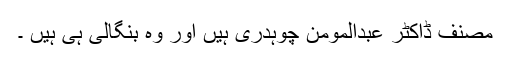
مصنف ڈاکٹر عبدالمومن چوہدری ہیں اور وہ بنگالی ہی ہیں ۔